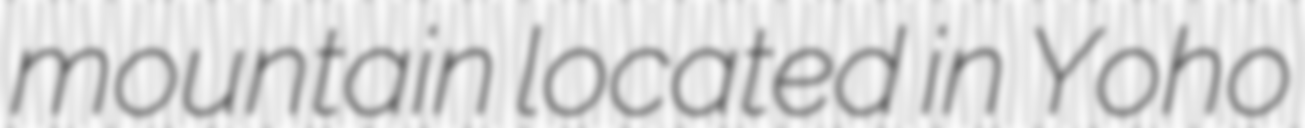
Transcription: mountain located in Yoho